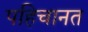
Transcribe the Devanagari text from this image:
पहिचानत